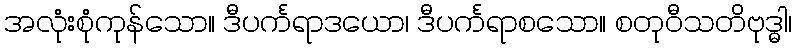
အလုံးစုံကုန်သော။ ဒီပင်္ကရာဒယော၊ ဒီပင်္ကရာစသော။ စတုဝီသတိဗုဒ္ဓါ၊